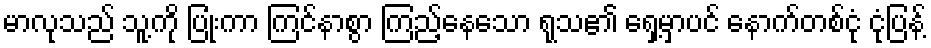
မာလုသည် သူ့ကို ပြုံးကာ ကြင်နာစွာ ကြည့်နေသော ရုသ၏ ရှေ့မှာပင် နောက်တစ်ငုံ ငုံပြန့်